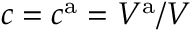
c = c ^ { \mathrm { a } } = V ^ { \mathrm { a } } / V